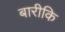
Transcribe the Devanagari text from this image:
बारीकि